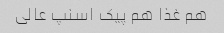
هم غذا هم پیک اسنپ عالی